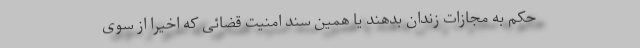
حکم به مجازات زندان بدهند یا همین سند امنیت قضائی که اخیرا از سوی